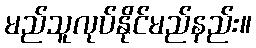
မည်သူလုပ်နိုင်မည်နည်း။